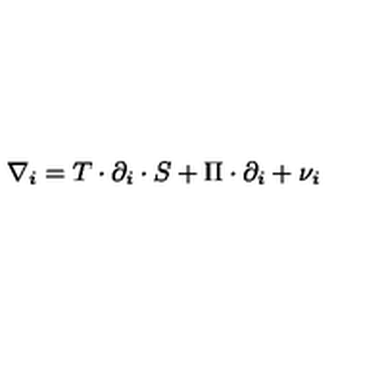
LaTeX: \nabla _ { i } = T \cdot \partial _ { i } \cdot S + \Pi \cdot \partial _ { i } + \nu _ { i }